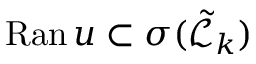
\mathrm { R a n } \, u \subset \sigma ( \tilde { \mathcal { L } } _ { k } )